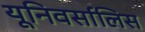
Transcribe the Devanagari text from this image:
यूनिवर्सालिस